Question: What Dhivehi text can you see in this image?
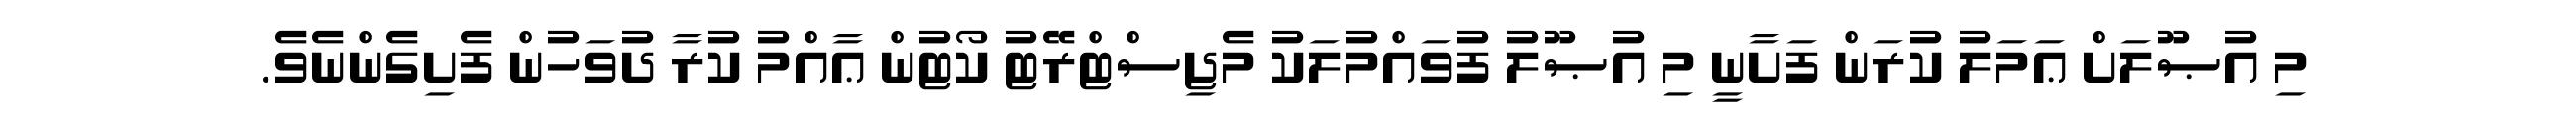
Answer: މި އުޞޫލަށް ޢަމަލު ކުރަން ފަށާނީ މި އުޞޫލު ފުވައްމުލަކު މެޖިސްޓްރޭޓު ކޯޓުން ޢާއްމު ކުރާ ދުވަހުން ފެށިގެންނެވެ.